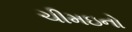
ચીમઇનો